Report on the cultivation and use of ganja
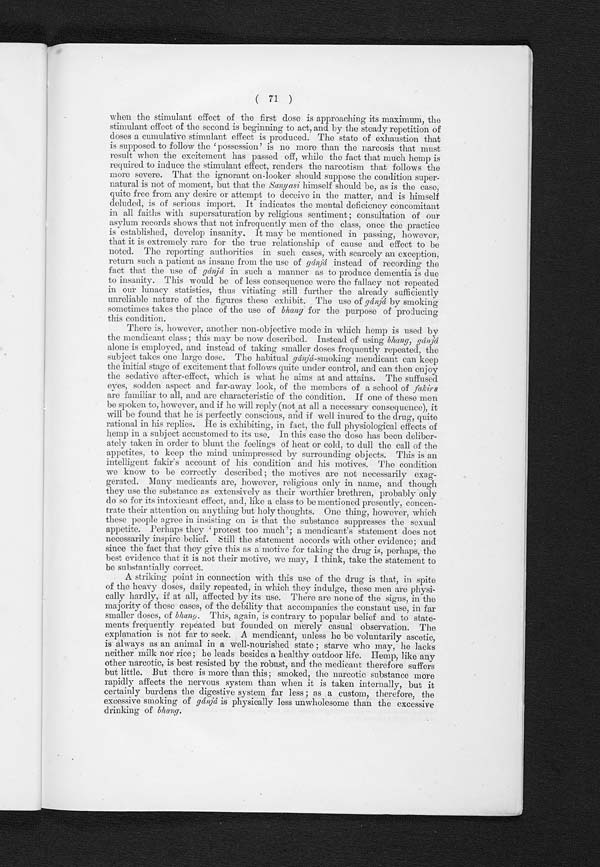
( 71 )
when the stimulant effect of the first close is approaching its maximum, the
stimulant effect of the second is beginning to act, and by the steady repetition of
doses a cumulative stimulant effect is produced. The state of exhaustion that
is supposed to follow the 'possession' is no more than the narcosis that must
result when the excitement has passed off, while the fact that much hemp is
required to induce the stimulant effect, renders the narcotism that follows the
more severe. That the ignorant on-looker should suppose the condition super-
natural is not of moment, but that the Sany asi himself should be, as is the case,
quite free from any desire or attempt to deceive in the matter, and is himself
deluded, is of serious import. It indicates the mental deficiency concomitant
in all faiths with supersaturation by religious sentiment ; consultation of our
asylum records shows that not infrequently men of the class, once the practice
is established, develop insanity. It may be mentioned in passing, however,
that it is extremely rare for the true relationship of cause and effect to be
noted. The reporting authorities in such cases, with scarcely an exception,
return such a patient as insane from the use of gánjá instead of recording the
fact that the use of gánjá in such a manner as to produce dementia is due
to insanity. This would be of less consequence were the fallacy not repeated
in our lunacy statistics, thus vitiating still further the already sufficiently
unreliable nature of the figures these exhibit. The use of gánjá by smoking
sometimes takes the place of the use of bhang for the purpose of producing
this condition.
There is, however, another non-objective mode in which hemp is used by
the mendicant class ; this may be now described. Instead of using bhang, gánjá
alone is employed, and instead of taking smaller doses frequently repeated, the
subject takes one large dose. The habitual gánjá-smoking mendicant can keep
the initial stage of excitement that follows quite under control, and can then enjoy
the sedative after-effect, which is what he aims at and attains. The suffused
eyes, sodden aspect and far-away look, of the members of a school of fakirs
are familiar to all, and are characteristic of the condition. If one of these men
be spoken to, however, and if he will reply (not at all a necessary consequence), it
will be found that he is perfectly conscious, and if well inured to the drug, quite
rational in his replies. He is exhibiting, in fact, the full physiological effects of
hemp in a subject accustomed to its use. In this case the dose has been deliber-
ately taken in order to blunt the feelings of heat or cold, to dull the call of the
appetites, to keep the mind unimpressed by surrounding objects. This is an
intelligent fakir's account of his condition and his motives. The condition
we know to be correctly described ; the motives are not necessarily exag-
gerated. Many medicants are, however, religious only in name, and though
they use the substance as extensively as their worthier brethren, probably only
do so for its intoxicant effect, and, like a class to be mentioned presently, concen-
trate their attention on anything but holy thoughts. One thing, however, which
these people agree in insisting on is that the substance suppresses the sexual
appeti te. Perhaps they ‘protest too much' ; a mendi cant' s statement does not
necessarily inspire belief. Still the statement accords with other evidence; and
since the fact that they give this as a motive for taking the drug is, perhaps, the
best evidence that it is not their motive, we may, I think, take the statement to
be substantially correct.
A striking point in connection with this use of the drug is that, in spite
of the heavy doses, daily repeated, in which they indulge, these men are physi-
cally hardly, if at all, affected by its use. There are none of the signs, in the
majority of these cases, of the debility that accompanies the constant use, in far
smaller doses, of bhang. This, again, is contrary to popular belief and to state-
ments frequently repeated but founded on merely casual observation. The
explanation is not far to seek. A mendicant, unless he be voluntarily ascetic,
is always as an animal in a well-nourished state ; starve who may, he lacks
neither milk nor rice ; he leads besides a healthy outdoor life. Hemp, like any
other narcotic, is best resisted by the robust, and the medicant therefore suffers
but little. But there is more than this; smoked, the narcotic substance more
rapidly affects the nervous system than when it is taken internally, but it
certainly burdens the digestive system far less ; as a custom, therefore, the
excessive smoking of gánjá is physically less unwholesome than the excessive
drinking of bhang.